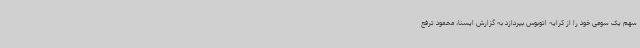
سهم یک سومی خود را از کرایه اتوبوس بپردازد به گزارش ایسنا، محمود ترفع